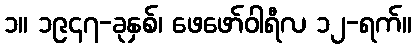
၁။ ၁၉၄၇-ခုနှစ်၊ ဖေဖော်ဝါရီလ ၁၂-ရက်။